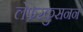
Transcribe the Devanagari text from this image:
लेफेरकुसनने